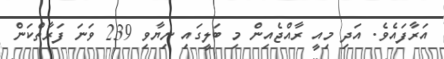
އަރާފައެވެ. އަދި މިއީ ރާއްޖެއިން މި ބަލީގައި ނިޔާވި 239 ވަނަ ފަރާތްކަން